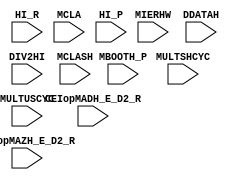
module x (/*AUTOARG*/
   // Inputs
   MIERHW, MBOOTH_P, CEIopMADH_E_D2_R, CEIopMAZH_E_D2_R, DDATAH, DIV2HI, HI_R, MCLA, MCLASH,
   MULTSHCYC, MULTUSCYC, HI_P
   );

   input [18:0] MIERHW;
   integer 	i;
   integer 	MTEMP1;
   integer 	MTEMP2;
   input 	MBOOTH_P;
   input 	CEIopMADH_E_D2_R;
   input 	CEIopMAZH_E_D2_R;
   input 	DDATAH;
   input 	DIV2HI;
   input 	HI_R;
   input 	MCLA;
   input 	MCLASH;
   input 	MULTSHCYC;
   input 	MULTUSCYC;
   input 	HI_P;

   /*AUTOREG*/
   // Beginning of automatic regs (for this module's undeclared outputs)
   // End of automatics

   /*AUTOINPUT*/
   // Beginning of automatic inputs (from unused autoinst inputs)
   // End of automatics

   /*AUTOOUTPUT*/
   // Beginning of automatic outputs (from unused autoinst outputs)
   // End of automatics

   always @(/*AUTOSENSE*/MIERHW) begin

      for (i=0; i<=5; i=i+1) begin

	 MTEMP1[3:0] = {MIERHW[i*3+3],
			MIERHW[i*3+2],
			MIERHW[i*3+1],
			MIERHW[i*3+0]};

	 casex (MTEMP1)

           4'b0000: MTEMP2 = 4'b0101; // +0
           4'b0001: MTEMP2 = 4'b0001; // +1
           4'b0010: MTEMP2 = 4'b0001; // +1
           4'b0011: MTEMP2 = 4'b0010; // +2
           4'b0100: MTEMP2 = 4'b0010; // +2
           4'b0101: MTEMP2 = 4'b0100; // +3
           4'b0110: MTEMP2 = 4'b0100; // +3
           4'b0111: MTEMP2 = 4'b1000; // +4
           4'b1000: MTEMP2 = 4'b0111; // -4
           4'b1001: MTEMP2 = 4'b1011; // -3
           4'b1010: MTEMP2 = 4'b1011; // -3
           4'b1011: MTEMP2 = 4'b1101; // -2
           4'b1100: MTEMP2 = 4'b1101; // -2
           4'b1101: MTEMP2 = 4'b1110; // -1
           4'b1110: MTEMP2 = 4'b1110; // -1
           4'b1111: MTEMP2 = 4'b1010; // -0

	 endcase

      end

      {MBOOTH_P[i*4+3],
       MBOOTH_P[i*4+2],
       MBOOTH_P[i*4+1],
       MBOOTH_P[i*4+0]}     = MTEMP2[3:0];

   end

   //  always @(/*AUTOnotSENSE*/
   //           __CEIopMADH_E_D2_R or __CEIopMAZH_E_D2_R or __DIV2HI or
   //           __MULTUSCYC or __MULTSHCYC or
   //           __DDATAH or __HI_R or __MCLA or __MCLASH)  begin

   //  always @(/*AUTOSENSE*/DDATAH or HI_R or MCLA or MCLASH)  begin
`define DMCLASH MCLASH
`define DCONST 1'b1
   always @(/*AUTOSENSE*/CEIopMADH_E_D2_R or CEIopMAZH_E_D2_R or DDATAH or DIV2HI or MCLA or MCLASH
	    or MULTSHCYC or MULTUSCYC)  begin

      case (1'b1)
	CEIopMADH_E_D2_R: HI_P = MCLA;
	CEIopMAZH_E_D2_R: HI_P = MCLA;
	DIV2HI:           HI_P = DDATAH;
	MULTUSCYC:        HI_P = MCLA;
	MULTSHCYC:        HI_P = `DMCLASH;
	default:          HI_P = `DCONST;
      endcase
   end
endmodule